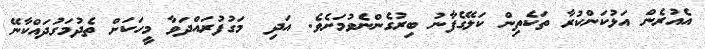
އެއުރެން އަޅުކަންކުރާ ތަކެތިން ކަލޭގެފާނު ބިރުގެންނެވުމަށެވެ. އަދި  މަގުފުރައްދަވާ މީހަކަށް ތެދުމަގުދައްކާނޭ